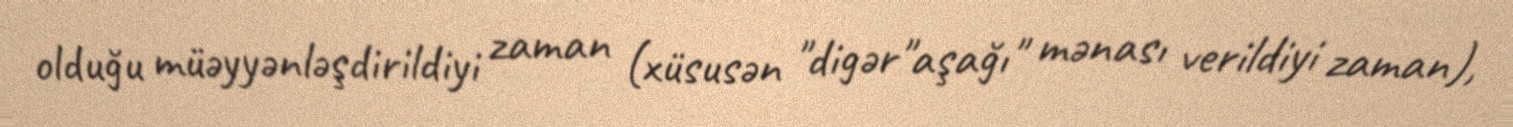
olduğu müəyyənləşdirildiyi zaman (xüsusən "digər"aşağı" mənası verildiyi zaman),